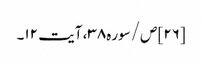
[۲۶] ص/سوره۳۸، آیت ۱۲۔